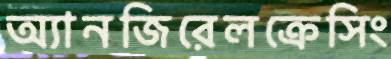
অ্যানজিরেলক্রেসিং